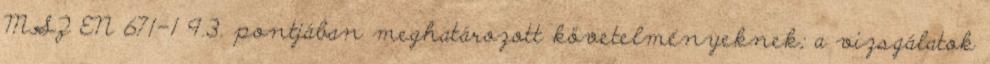
MSZ EN 671-1 9.3. pontjában meghatározott követelményeknek; a vizsgálatok